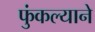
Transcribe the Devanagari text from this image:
फुंकल्याने